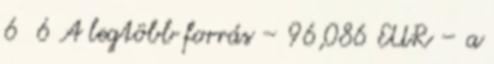
6 6 A legtöbb forrás – 96,086 EUR – a